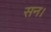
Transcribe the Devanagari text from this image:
सन।